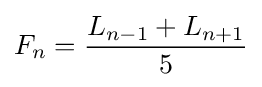
F_{n}={L_{n-1}+L_{n+1} \over 5}